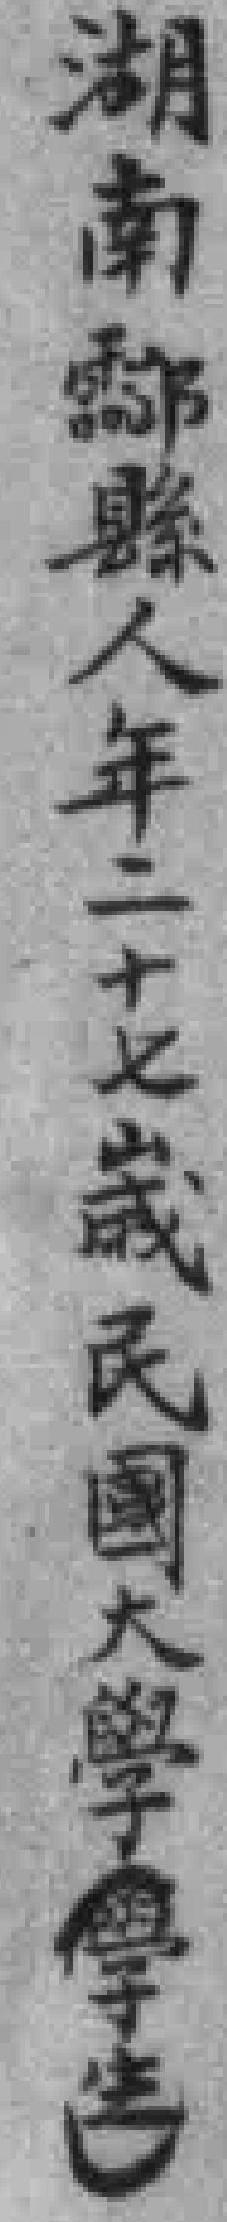
湖南酃縣人年二十七歲民國大學（學生）